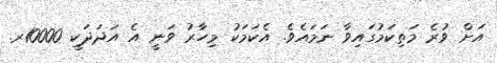
އަށް ވުރެ މަތިކަމުގައިވާ ނަމައެވެ. އެކަމަކު މިހާރު ވަނީ އެ އަދަދަކީ 10000ރ.